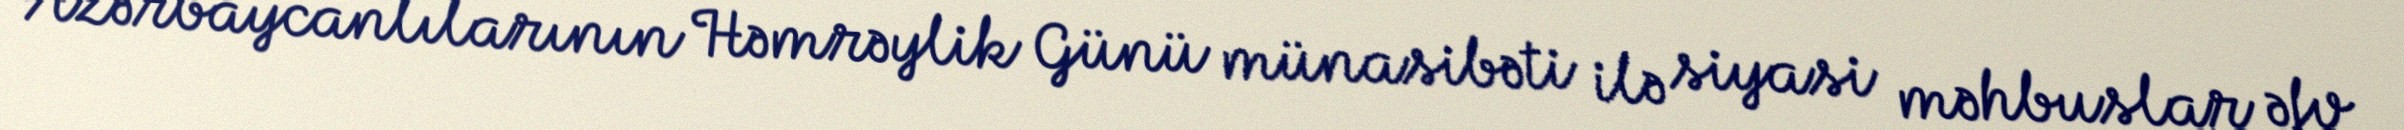
Azərbaycanlılarının Həmrəylik Günü münasibəti ilə siyasi məhbuslar əfv